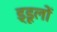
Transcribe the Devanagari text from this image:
ड्डूलों